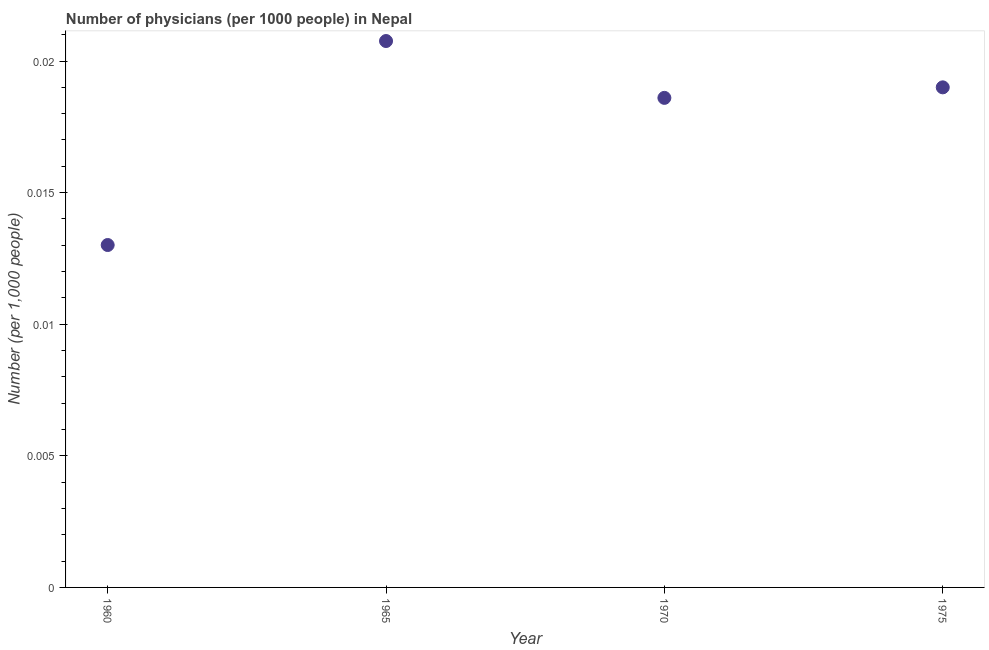
| Year | Physicians |
 | --- | --- |
 | 1960 | 0.013 |
 | 1965 | 0.0208 |
 | 1970 | 0.0186 |
 | 1975 | 0.019 |